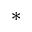
*